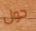
حول